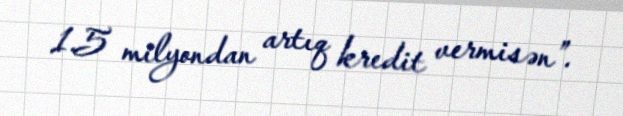
1.5 milyondan artıq kredit vermisən”.